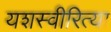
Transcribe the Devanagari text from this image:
यशस्‍वीरित्‍या